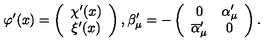
\varphi ^ { \prime } ( x ) = \left( \begin{array} { c } { \chi ^ { \prime } ( x ) } \\ { \xi ^ { \prime } ( x ) } \\ \end{array} \right) , \beta _ { \mu } ^ { \prime } = - \left( \begin{array} { c c } { 0 } & { \alpha _ { \mu } ^ { \prime } } \\ { \overline { { \alpha } } _ { \mu } ^ { \prime } } & { 0 } \\ \end{array} \right) .